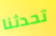
تحدثنا